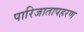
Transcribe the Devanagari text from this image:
पारिजातापहरण